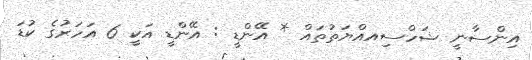
އިންސާނީ ޝަހްސިއއްޔަތުތައް * އޭންޑީ : އޭންޑީ އަކީ 6 އަހަރުގެ ކުޑަ